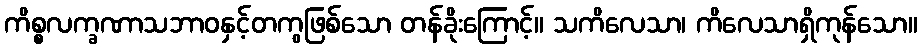
ကိစ္စလက္ခဏာသဘာဝနှင့်တကွဖြစ်သော တန်ခိုးကြောင့်။ သကိလေသာ၊ ကိလေသာရှိကုန်သော။